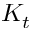
K _ { t }